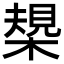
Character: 槼